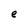
Character: e